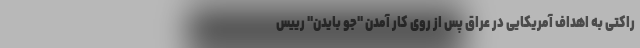
راکتی به اهداف آمریکایی در عراق پس از روی کار آمدن "جو بایدن" رییس